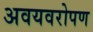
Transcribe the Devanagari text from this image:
अवयवरोपण